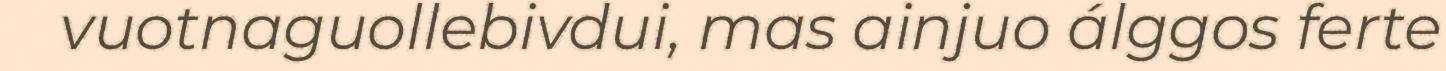
vuotnaguollebivdui, mas ainjuo álggos ferte